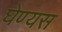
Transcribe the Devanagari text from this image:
घेण्यस